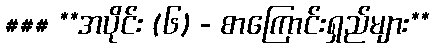
### **အပိုင်း (၆) - စာကြောင်းရှည်များ**